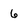
Character: 6